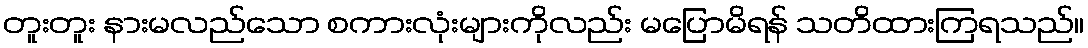
တူးတူး နားမလည်သော စကားလုံးများကိုလည်း မပြောမိရန် သတိထားကြရသည်။